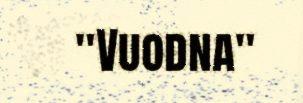
"Vuodna"